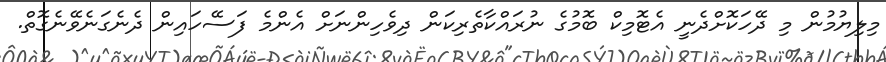
މިލިޔުމުން މި ދޭހަކޮށްދެނީ އެޓޮމިކް ބޮމުގެ ނުރައްކާތެރިކަން ދިވެހިންނަށް އެންމެ ފަސޭހައިން ދެނެގަނެވޭނެގޮތް.